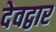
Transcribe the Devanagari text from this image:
देवद्वार